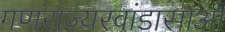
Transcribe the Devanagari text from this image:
गणराज्यरवांडासाओ